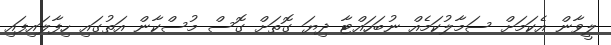
ލީވާން އެކަމަށް ސަމާލުކަމެއް ނުބަހައްޓާ ދިޔަ ގޮތަށް ގޮސް މުސްކާން އަތުގައި ހިފާލައިފައި